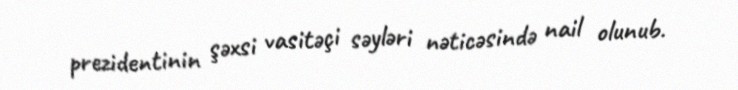
prezidentinin şəxsi vasitəçi səyləri nəticəsində nail olunub.